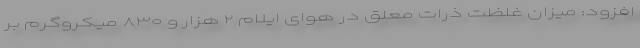
افزود: میزان غلظت ذرات معلق در هوای ایلام ۲ هزار و ۸۳۰ میکروگرم بر